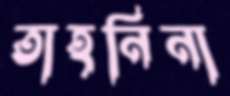
তাহনিনা